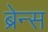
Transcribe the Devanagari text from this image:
ब्रेन्स